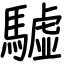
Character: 驉